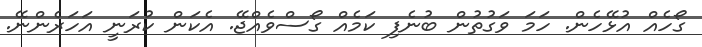
ގޯހެއް އުޅޭހެން. ހަމަ ވަގުތުން ބުނެފި ކަމެއް ގޯސްވެއްޖޭ. އެކަން ކުރަނީ އަހަރެންނޭ.